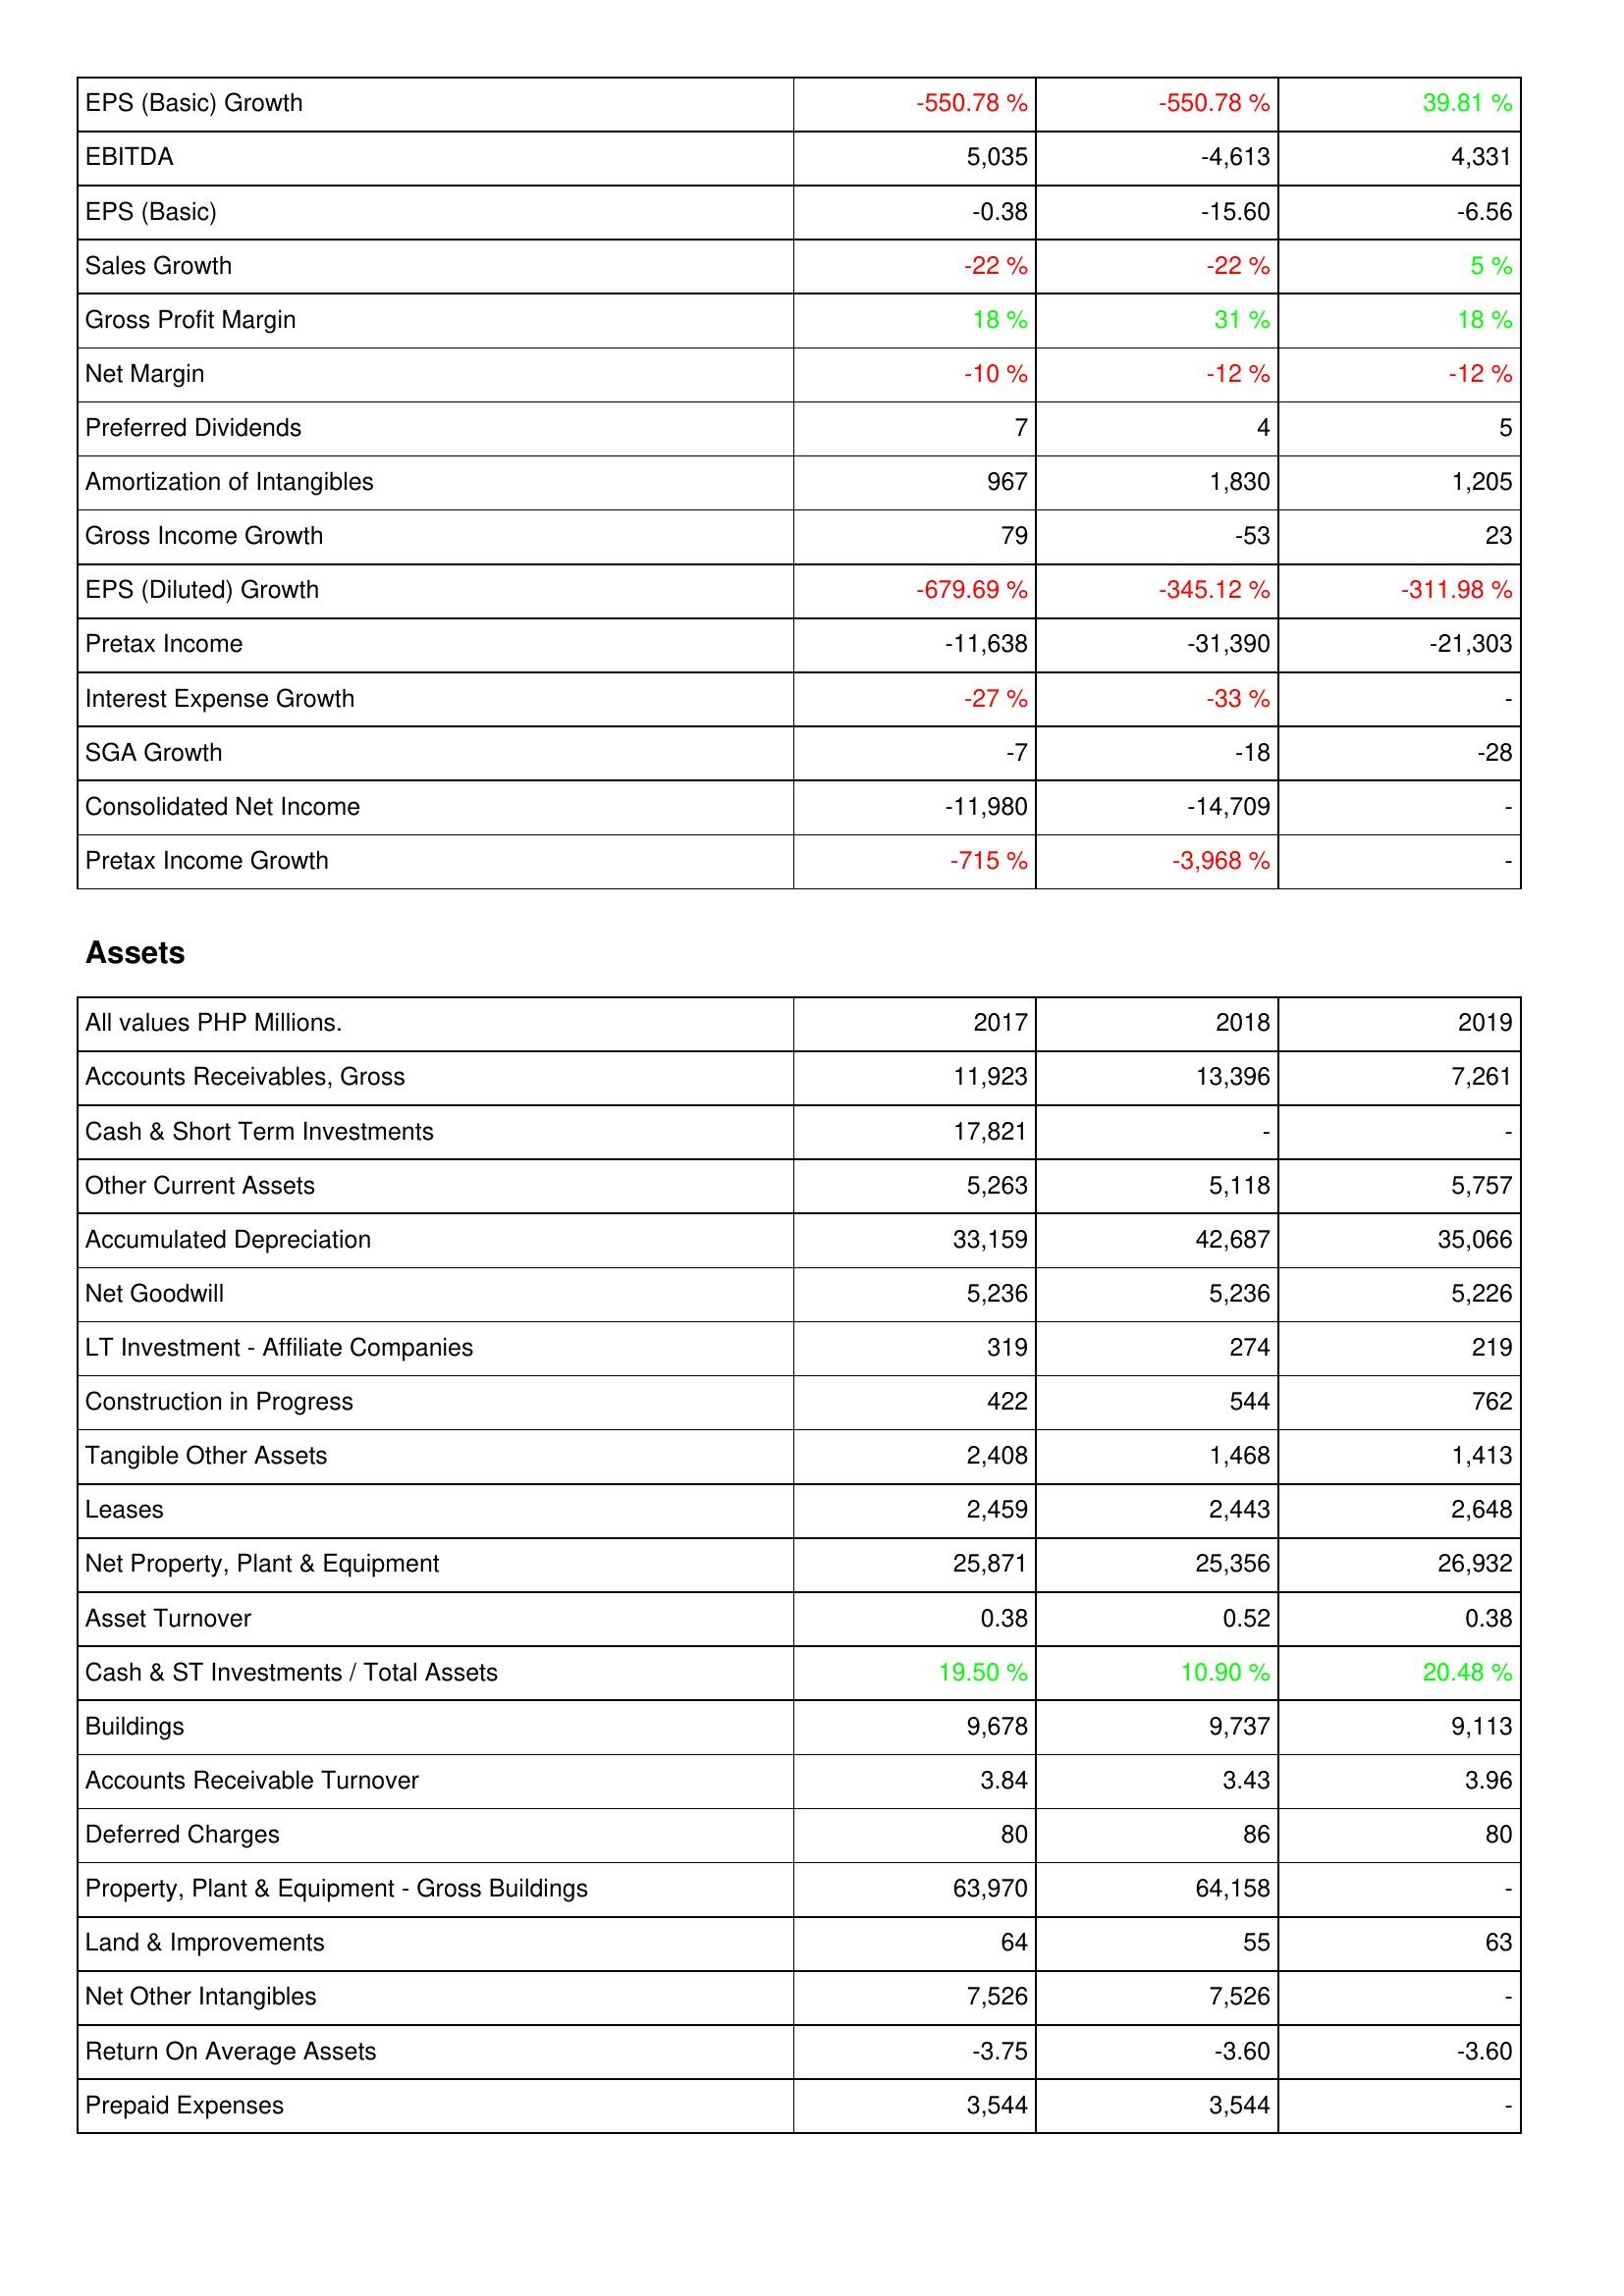
2017: Income Statement: EPS (Basic) Growth: -550.78 %
EBITDA: 5,035
EPS (Basic): -0.38
Sales Growth: -22 %
Gross Profit Margin: 18 %
Net Margin: -10 %
Preferred Dividends: 7
Amortization of Intangibles: 967
Gross Income Growth: 79
EPS (Diluted) Growth: -679.69 %
Pretax Income: -11,638
Interest Expense Growth: -27 %
SGA Growth: -7
Consolidated Net Income: -11,980
Pretax Income Growth: -715 %
Assets: Accounts Receivables, Gross: 11,923
Cash & Short Term Investments: 17,821
Other Current Assets: 5,263
Accumulated Depreciation: 33,159
Net Goodwill: 5,236
LT Investment - Affiliate Companies: 319
Construction in Progress: 422
Tangible Other Assets: 2,408
Leases: 2,459
Net Property, Plant & Equipment: 25,871
Asset Turnover: 0.38
Cash & ST Investments / Total Assets: 19.50 %
Buildings: 9,678
Accounts Receivable Turnover: 3.84
Deferred Charges: 80
Property, Plant & Equipment - Gross Buildings: 63,970
Land & Improvements: 64
Net Other Intangibles: 7,526
Return On Average Assets: -3.75
Prepaid Expenses: 3,544
2018: Income Statement: EPS (Basic) Growth: -550.78 %
EBITDA: -4,613
EPS (Basic): -15.60
Sales Growth: -22 %
Gross Profit Margin: 31 %
Net Margin: -12 %
Preferred Dividends: 4
Amortization of Intangibles: 1,830
Gross Income Growth: -53
EPS (Diluted) Growth: -345.12 %
Pretax Income: -31,390
Interest Expense Growth: -33 %
SGA Growth: -18
Consolidated Net Income: -14,709
Pretax Income Growth: -3,968 %
Assets: Accounts Receivables, Gross: 13,396
Cash & Short Term Investments: -
Other Current Assets: 5,118
Accumulated Depreciation: 42,687
Net Goodwill: 5,236
LT Investment - Affiliate Companies: 274
Construction in Progress: 544
Tangible Other Assets: 1,468
Leases: 2,443
Net Property, Plant & Equipment: 25,356
Asset Turnover: 0.52
Cash & ST Investments / Total Assets: 10.90 %
Buildings: 9,737
Accounts Receivable Turnover: 3.43
Deferred Charges: 86
Property, Plant & Equipment - Gross Buildings: 64,158
Land & Improvements: 55
Net Other Intangibles: 7,526
Return On Average Assets: -3.60
Prepaid Expenses: 3,544
2019: Income Statement: EPS (Basic) Growth: 39.81 %
EBITDA: 4,331
EPS (Basic): -6.56
Sales Growth: 5 %
Gross Profit Margin: 18 %
Net Margin: -12 %
Preferred Dividends: 5
Amortization of Intangibles: 1,205
Gross Income Growth: 23
EPS (Diluted) Growth: -311.98 %
Pretax Income: -21,303
Interest Expense Growth: -
SGA Growth: -28
Consolidated Net Income: -
Pretax Income Growth: -
Assets: Accounts Receivables, Gross: 7,261
Cash & Short Term Investments: -
Other Current Assets: 5,757
Accumulated Depreciation: 35,066
Net Goodwill: 5,226
LT Investment - Affiliate Companies: 219
Construction in Progress: 762
Tangible Other Assets: 1,413
Leases: 2,648
Net Property, Plant & Equipment: 26,932
Asset Turnover: 0.38
Cash & ST Investments / Total Assets: 20.48 %
Buildings: 9,113
Accounts Receivable Turnover: 3.96
Deferred Charges: 80
Property, Plant & Equipment - Gross Buildings: -
Land & Improvements: 63
Net Other Intangibles: -
Return On Average Assets: -3.60
Prepaid Expenses: -